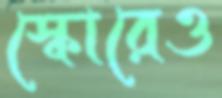
স্কোরেও